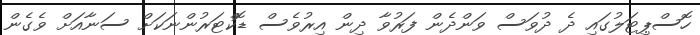
ހޮސްޕިޓަލުގައި ދެ ދުވަސް ވަންދެން ފަރުވާ ދިން އިރުވެސް ޑޮކްޓަރުންނަކަށް ސަނާއަށް ވެގެން